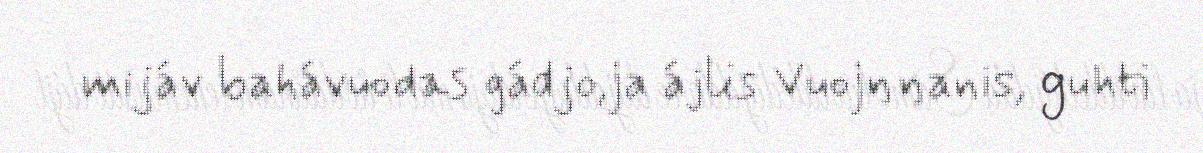
mijáv bahávuodas gádjo,ja ájlis Vuojŋŋanis, guhti